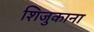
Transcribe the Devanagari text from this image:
शिजुकाना